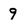
Character: 9